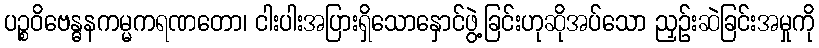
ပဉ္စဝိဗေန္ဓနကမ္မကရဏတော၊ ငါးပါးအပြားရှိသောနှောင်ဖွဲ့ခြင်းဟုဆိုအပ်သော ညှဉ်းဆဲခြင်းအမှုကို